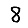
Digit: 8